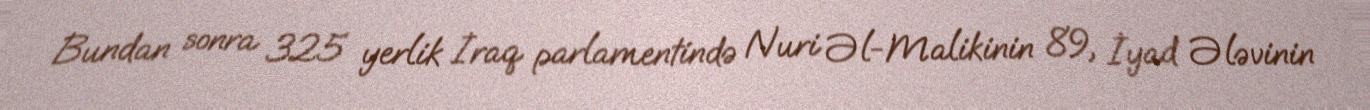
Bundan sonra 325 yerlik İraq parlamentində Nuri Əl-Malikinin 89, İyad Ələvinin